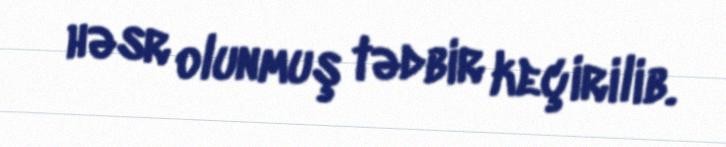
həsr olunmuş tədbir keçirilib.